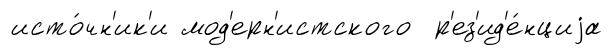
исто́чн'ик'и мод'ерн'истского р'ез'ид'е́нциjа